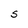
Character: S